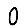
Digit: 0